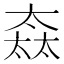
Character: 𡙒